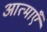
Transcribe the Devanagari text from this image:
आत्‍माएँ